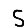
Digit: 5